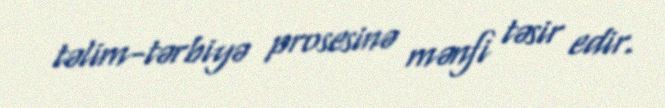
təlim-tərbiyə prosesinə mənfi təsir edir.